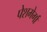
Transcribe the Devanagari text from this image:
पेशमेर्गा